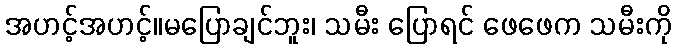
အဟင့်အဟင့်။မပြောချင်ဘူး၊ သမီး ပြောရင် ဖေဖေက သမီးကို